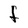
Character: F